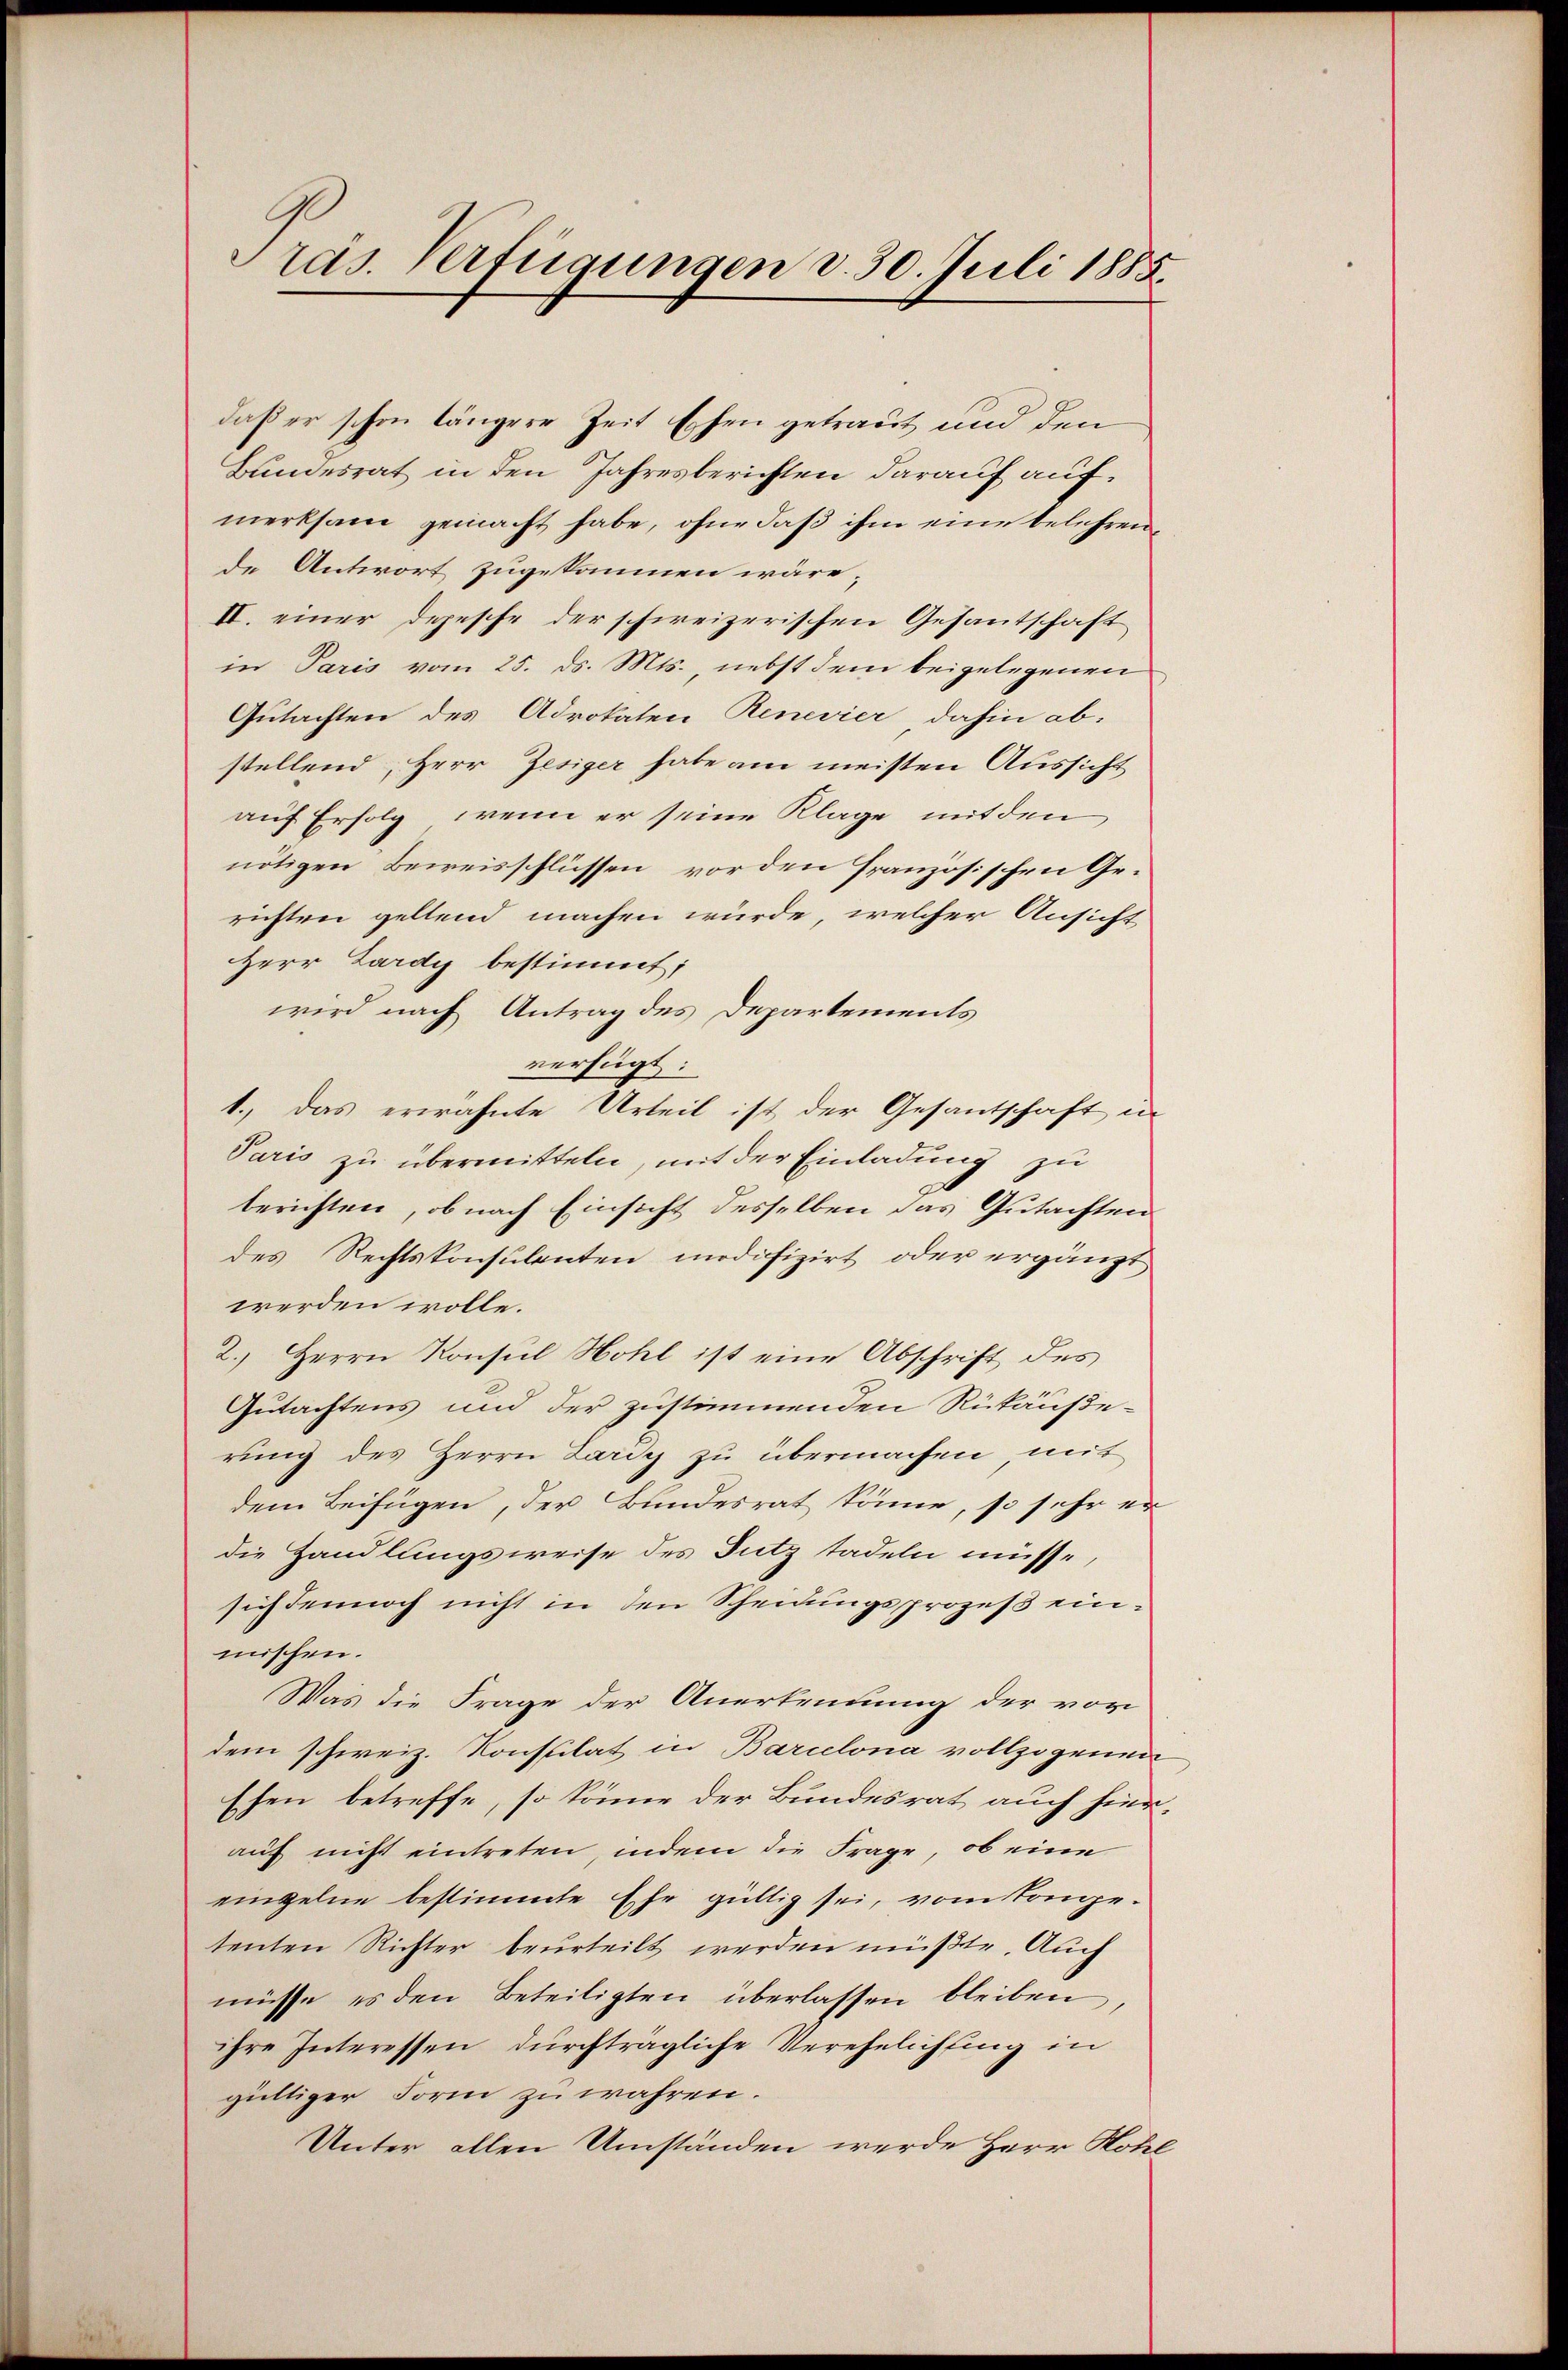
Präs. Verfügungen d. 30. Juli 1885.

daß er schon längere Zeit Eschen getraut und den
Bundesrat in den Jahresberichten darauf aufmerksam gemacht habe, ohne daß ihm eine belehrende Antwort zugekommen wäre;
II. einer Depesche der schweizerischen Gesantschaft
in Paris vom 25. ds. Mts. nebst dem beigelegenen
Gutachten des Advokaten Renevier dahin ab-
stellend, Herr Zesiger habe am meisten Aussicht
auf Erfolg, wenn er seine Klage mit den
nötigen Beweisschlüssen vorden französischen Ge-
richten geltend machen würde, welcher Ansicht,
Herr Lardy bestimmt;
wird nach Antrag des Departements
verfügt:
1.) Das erwähnte Urteil ist der Gesantschaft in
Paris zu übermitteln, mit der Einladung zu
berichten, ob nach Einsicht desselben das Gutachten
des Rechtskonsulenten modifizirt oder ergänzt
werden wolle.
2.) Herrn Konsul Hohl ist eine Abschrift des
Gutachtens und der zustimmenden Rückäuße-
rung des Herrn Lardy zu übermachen mit
dem Beifügen, der Bundesrat könne, so sehr er
die Handlungsweise des Futz tadeln müsse,
sich dennoch nicht in den Scheidungsprozeß einmischen.
Was die Frage der Anerkennung der vor
dem schweiz. Konstilat in Barcelona vollzogenen
Ehen betreffe, so könne der Bundesrat auch hierauf nicht eintreten, indem die Frage, ob eine
einzelne bestimmte Ehe gültig sei, vom lange-
tenten Richter beurteilt werden müßte. Auch
müsse, es den Beteiligten überlassen bleiben
ihre Interessen durchträgliche Verehelichting in
gültiger Form zu wahren.
Unter allen Umständen werde Herr Hohl